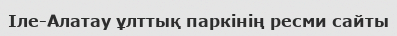
Іле-Алатау ұлттық паркінің ресми сайты